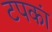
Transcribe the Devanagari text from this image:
टपकां